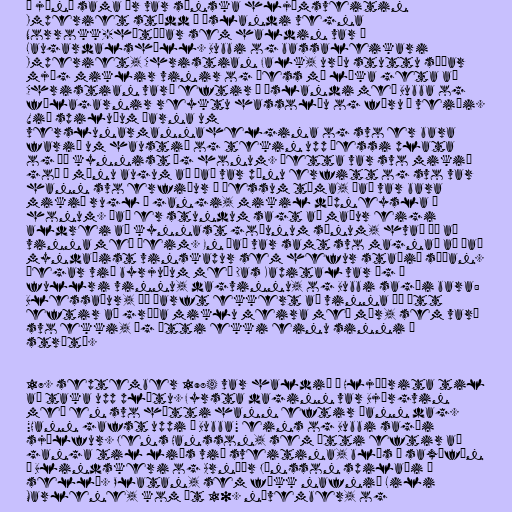
Í júní sama ár var sænska hljómsveitin
Imperiet stödd á Íslandi vegna
Norrokk-hátíðar sem haldin var í
Laugardalshöll. Bubbi og bassaleikari
Imperiet, Christian Falk, urðu stuttu síðar
mjög miklir vinir og þess má líka geta að
Christian varð eftir á Íslandi með Bubba og
félagarnir reyktu hassolíu og fóru í veiði.
Við spiluðum þarna um
verslunarmannahelgina og svo er bara
farið um haustið og tekin upp þessi plata
og þá kynnist ég honum. Þetta var svo mikið
goð í mínu augum að það var pínu erfitt og svo var
hann svo erfiður á þessum tíma, það var bara
mikið rugl í gangi, mikil dópneysla á
honum. Það er stundum sagt að maður eigi
aldrei að kynnast goðunum sínum, hvað þá að
vinna með þeim. En það var samt svo magnað að það
myndaðist vinskapur sem hefur staðið síðan.
Þegar við byrjuðum með Das Kapital var ég í
fullri vinnu, dagvinnu, og Bubbi sagði bara:
Blessaður, þú þarft ekkert að vinna þú átt
eftir að græða miklu meira með mér, sem varð
svo ekki, ég átti ekki einu sinni í
strætó.

17. september 1984 var haldið í Hljóðrita til
að taka upp plötu. Fyrsta daginn var Björgvin
með en svo hætti hann eftir þann dag.
"Hann gafst uppi á Bubba" eins og Bubbi sagði
sjálfur. Jens Hansson, sem átti eftir að
ganga til liðs við sveitina, blés í saxófón
í Blindskeri og Arnþór Jónsson spilaði á
selló. Platan, sem fékk nafnið Lili
Marlene, kom út 10. nóvember, og